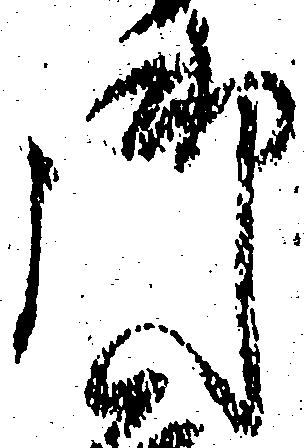
御